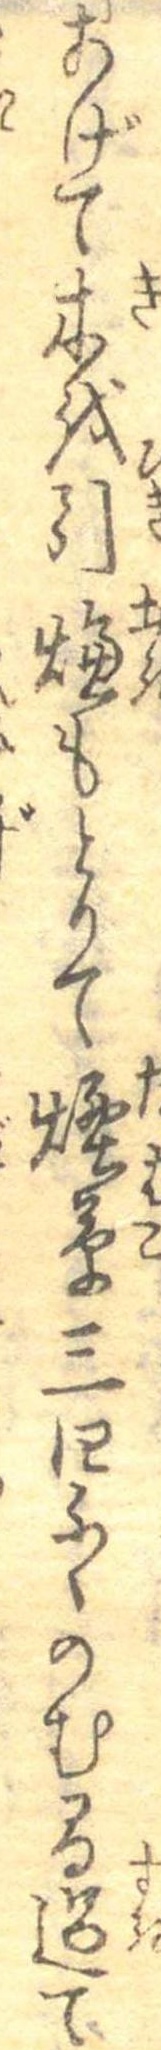
あげて木を引燠もとりて煙草三四ふくのむ間過て